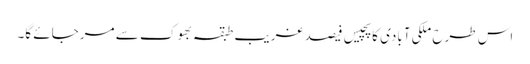
اس طرح ملکی آبادی کا پچیس فیصد غریب طبقہ بھوک سے مرجائے گا۔